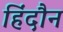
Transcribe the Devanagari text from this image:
हिंदौन